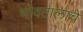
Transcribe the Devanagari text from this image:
भोवतालाचे